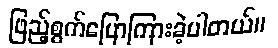
ဖြည့်စွက်ပြောကြားခဲ့ပါတယ်။